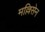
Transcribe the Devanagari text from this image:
मल्लिसेन